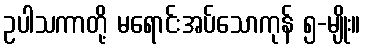
ဥပါသကာတို့ မရောင်းအပ်သောကုန် ၅-မျိုး။